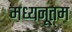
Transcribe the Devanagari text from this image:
मध्यनूतम